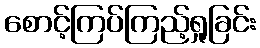
စောင့်ကြပ်ကြည့်ရှုခြင်း